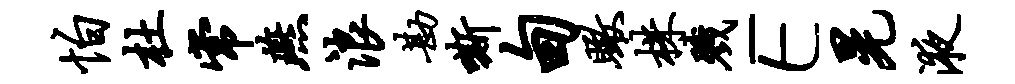
怕杜常燕浪勘嘶甸瞰株戮E晃液